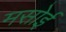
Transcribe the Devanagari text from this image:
मसोई